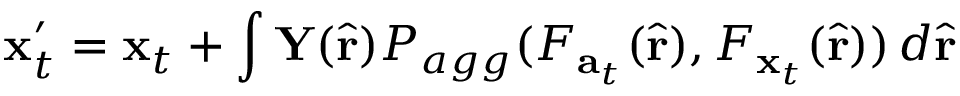
\mathbf { x } _ { t } ^ { \prime } = \mathbf { x } _ { t } + \int \mathbf { Y } ( \hat { \mathbf { r } } ) P _ { a g g } ( F _ { \mathbf { a } _ { t } } ( \hat { \mathbf { r } } ) , F _ { \mathbf { x } _ { t } } ( \hat { \mathbf { r } } ) ) \, d \hat { \mathbf { r } }